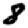
Digit: 8